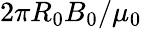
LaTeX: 2\pi R_{0}B_{0}/\mu_{0}